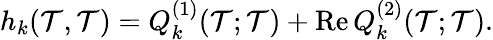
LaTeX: h_{k}(\mathcal{T},\mathcal{T})=Q_{k}^{(1)}(\mathcal{T};\mathcal{T})+\mathrm{{Re}}\, Q_{k}^{(2)}(\mathcal{T};\mathcal{T}).